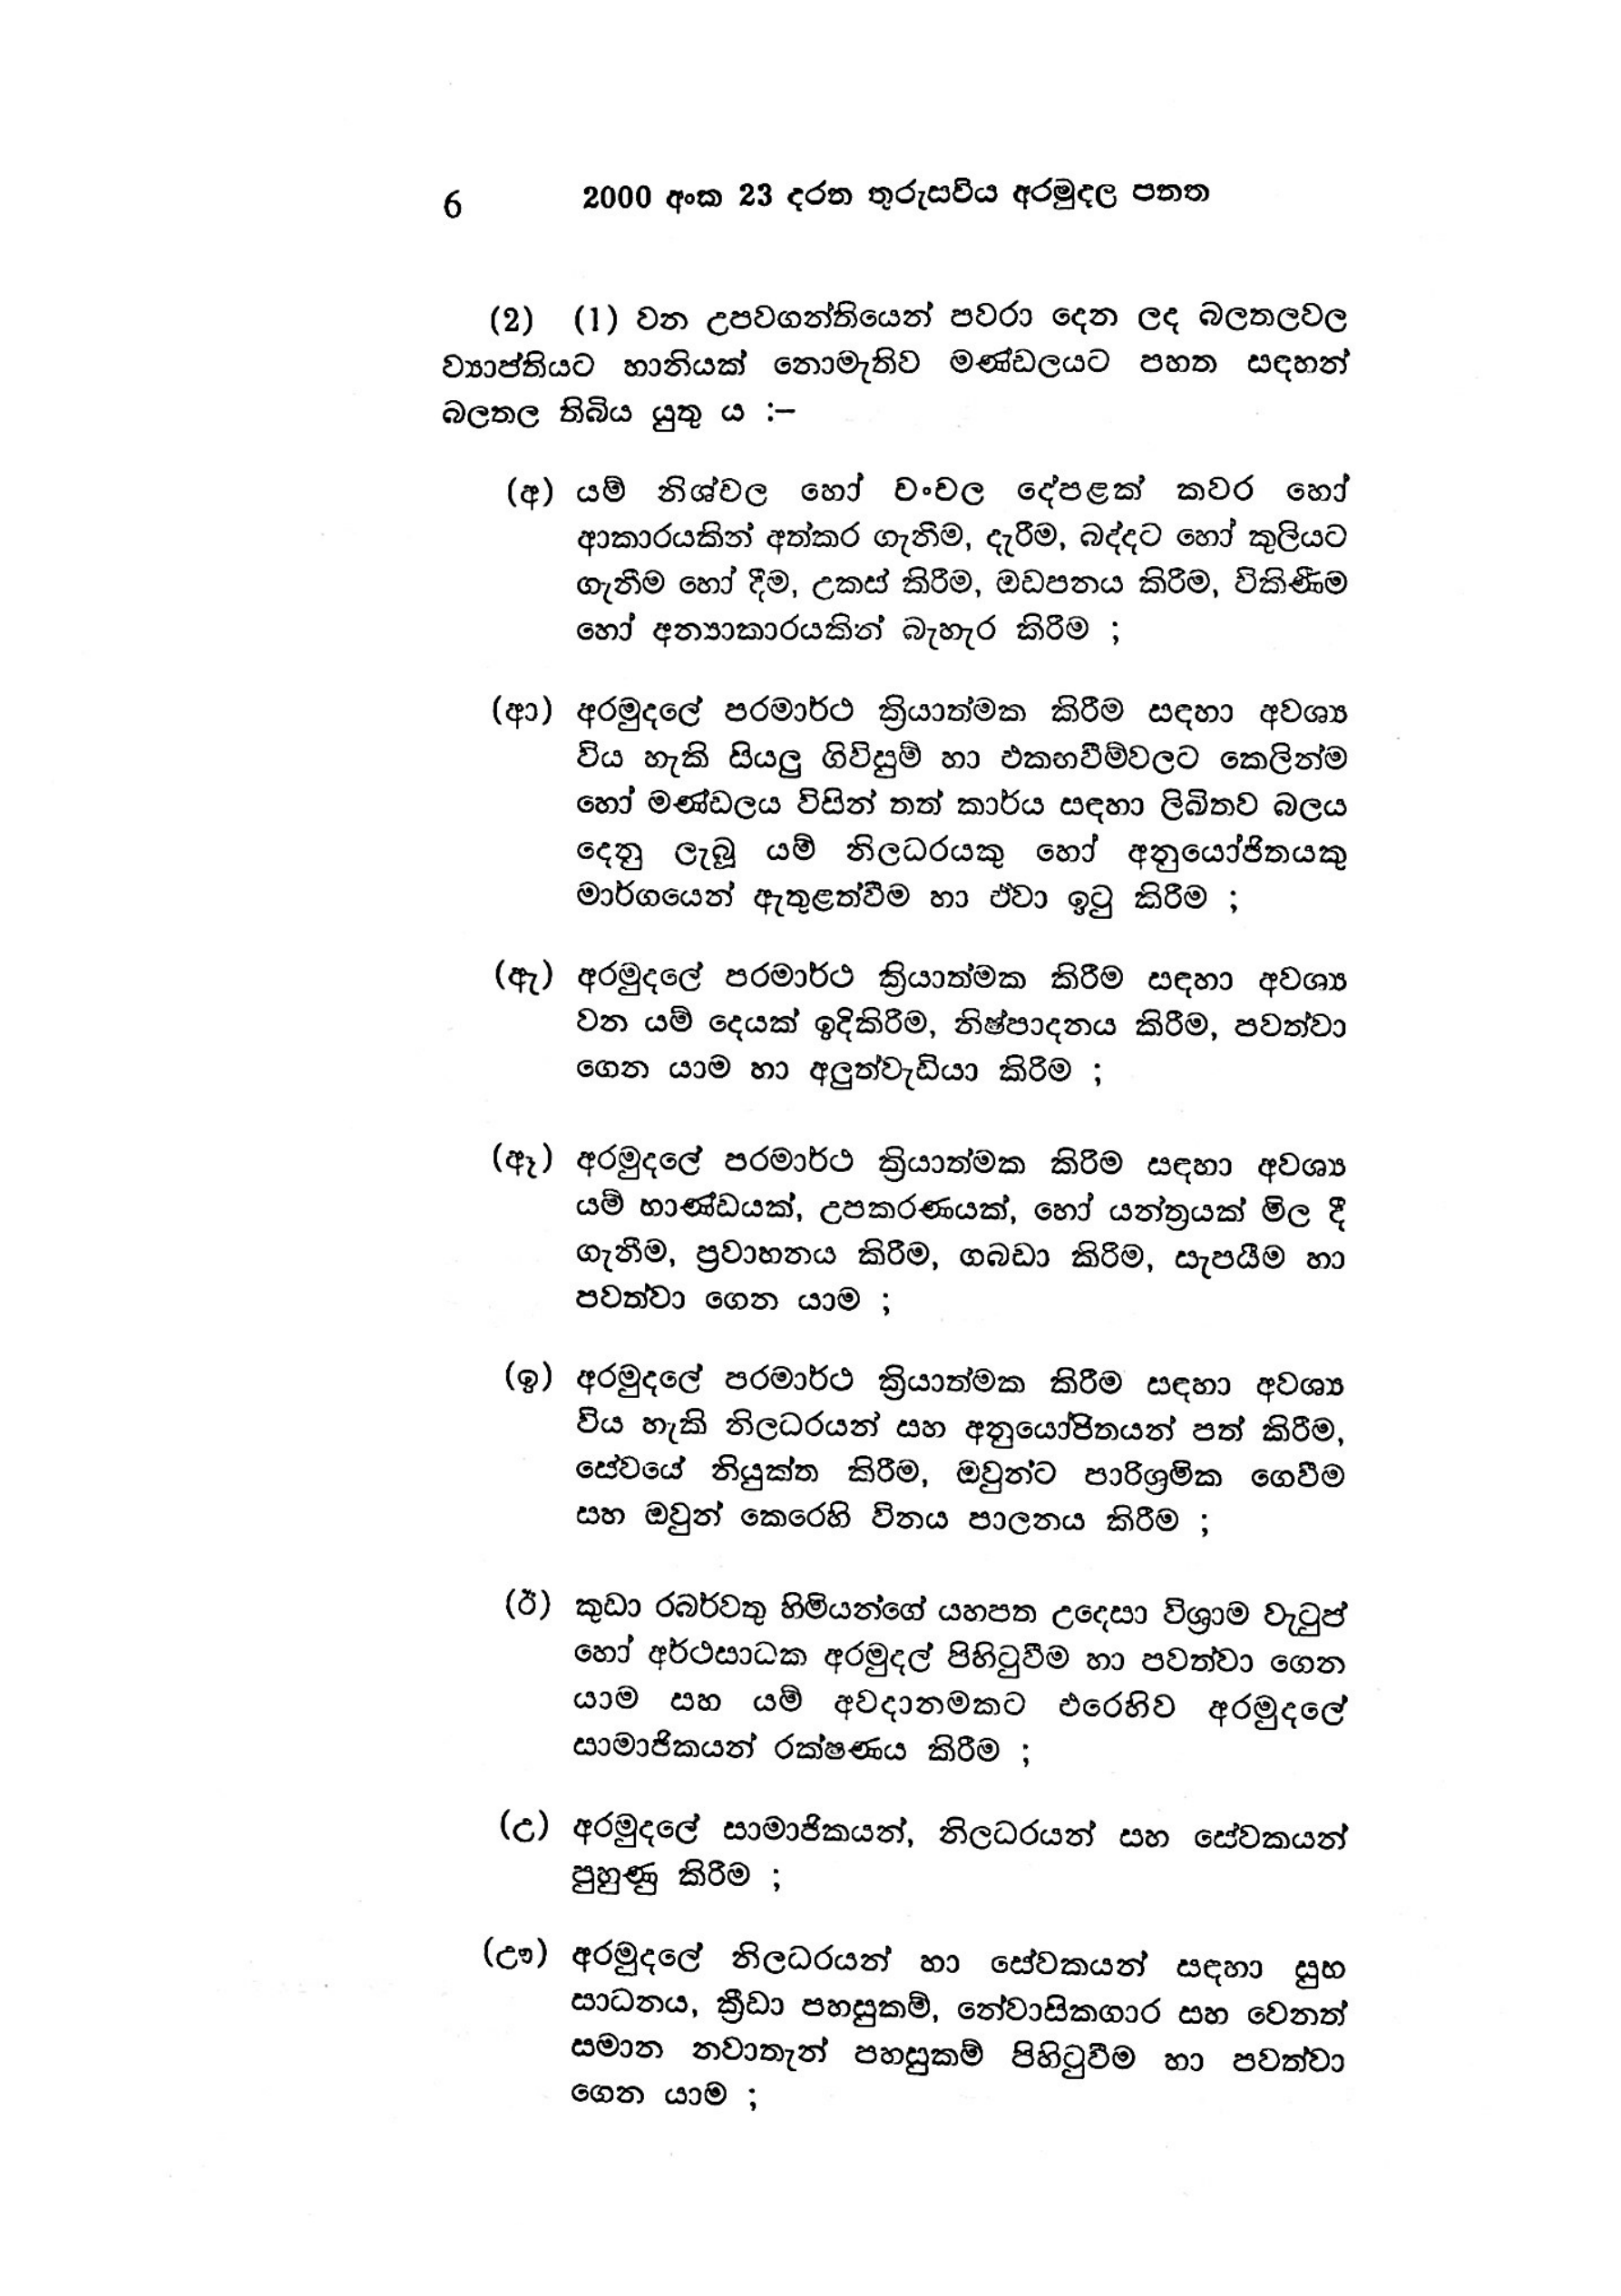
6 2000 අංක 23 දරන තුරුසවිය අරමුදල පනත

(2) (1) වන උපවගන්තියෙන් පවරා දෙන ලද බලතලවල
ව්‍යාප්තියට හානියක් නොමැතිව මණ්ඩලයට පහත සඳහන්
බලතල තිබිය යුතු ය :-

(අ) යම් නිශ්චල හෝ චංචල දේපළක් කවර හෝ
ආකාරයකින් අත්කර ගැනීම, දැරීම, බද්දට හෝ කුලියට
ගැනීම හෝ දීම, උකස් කිරීම, ඔඩපනය කිරීම, විකිණීම
හෝ අන්‍යාකාරයකින් බැහැර කිරීම ;

(ආ) අරමුදලේ පරමාර්ථ ක්‍රියාත්මක කිරීම සඳහා අවශ්‍ය
විය හැකි සියලු ගිවිසුම් හා එකඟවීම්වලට කෙලින්ම
හෝ මණ්ඩලය විසින් තත් කාර්ය සඳහා ලිඛිතව බලය
දෙනු ලැබූ යම් නිලධරයකු හෝ අනුයෝජිතයකු
මාර්ගයෙන් ඇතුළත්වීම හා ඒවා ඉටු කිරීම ;

(ඇ) අරමුදලේ පරමාර්ථ ක්‍රියාත්මක කිරීම සඳහා අවශ්‍ය
වන යම් දෙයක් ඉදිකිරීම, නිෂ්පාදනය කිරීම, පවත්වා
ගෙන යාම හා අලුත්වැඩියා කිරිම ;

(ඈ) අරමුදලේ පරමාර්ථ ක්‍රියාත්මක කිරීම සඳහා අවශ්‍ය
යම් භාණ්ඩයක්, උපකරණයක්, හෝ යන්ත්‍රයක් මිල දී
ගැනීම, ප්‍රවාහනය කිරීම, ගබඩා කිරීම, සැපයීම හා
පවත්වා ගෙන යාම ;

(ඉ) අරමුදලේ පරමාර්ථ ක්‍රියාත්මක කිරීම සඳහා අවශ්‍ය
විය හැකි නිලධරයන් සහ අනුයෝජිතයන් පත් කිරීම,
සේවයේ නියුක්ත කිරීම, ඔවුන්ට පාරිශ්‍රමික ගෙවීම
සහ ඔවුන් කෙරෙහි විනය පාලනය කිරීම ;

(ඊ) කුඩා රබර්වතු හිමියන්ගේ යහපත උදෙසා විශ්‍රාම වැටුප්
හෝ අර්ථසාධක අරමුදල් පිහිටුවීම හා පවත්වා ගෙන
යාම සහ යම් අවදානමකට එරෙහිව අරමුදලේ
සාමාජිකයන් රක්ෂණය කිරීම ;

(උ) අරමුදලේ සාමාජිකයන්, නිලධරයන් සහ සේවකයන්
පුහුණු කිරීම ;

(ඌ) අරමුදලේ නිලධරයන් හා සේවකයන් සඳහා සුභ
සාධනය, ක්‍රීඩා පහසුකම්, නේවාසිකගාර සහ වෙනත්
සමාන නවාතැන් පහසුකම් පිහිටුවීම හා පවත්වා
ගෙන යාම ;